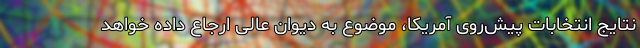
نتایج انتخابات پیش‌روی آمریکا، موضوع به دیوان عالی ارجاع داده خواهد